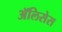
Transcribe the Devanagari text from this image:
ॲलिसेस